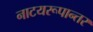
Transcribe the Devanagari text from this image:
नाटयरूपान्तर